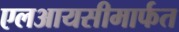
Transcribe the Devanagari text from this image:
एलआयसीमार्फत